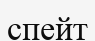
спейт